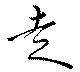
走